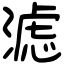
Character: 滤